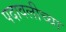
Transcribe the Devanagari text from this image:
पदावलीच्या